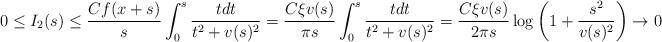
LaTeX: \begin{align*}0\leq I_2(s)\leq \frac{Cf(x+s)}{s}\int_0^s\frac{tdt}{t^2+v(s)^2}=\frac{C\xi v(s)}{\pi s}\int_{0}^s\frac{t dt}{t^2+v(s)^2}=\frac{C\xi v(s)}{2\pi s}\log\bigg(1+\frac{s^2}{v(s)^2}\bigg)\to 0\end{align*}